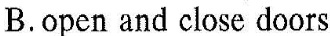
B.open and close doors